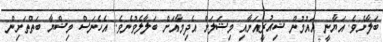
ބަލާށެވެ. އަޔާނީ އައުމުން ޝިއުރީއަށާއި މިޝަލަށް އެދިމާއަށް ބަލާލެވުނެވެ. އެހެނަސް މިޝްޔާ ބަތްތަށިން